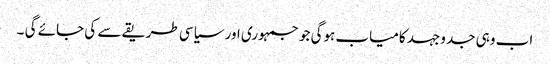
اب وہی جد وجہد کامیاب ہوگی جو جمہوری اور سیاسی طریقے سے کی جائے گی ۔